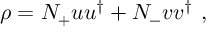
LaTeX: \rho = N _ { + } u u ^ { \dagger } + N _ { - } v v ^ { \dagger } \ ,